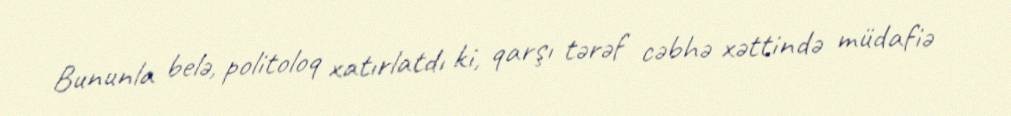
Bununla belə, politoloq xatırlatdı ki, qarşı tərəf cəbhə xəttində müdafiə